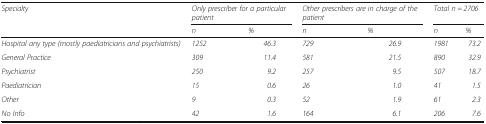
<table><thead><tr><td rowspan="2"><b><i>Specialty</i></b></td><td colspan="2"><b><i>Only prescriber for a particular patient</i></b></td><td colspan="2"><b><i>Other prescribers are in charge of the patient</i></b></td><td colspan="2"><b><i>Total n = 2706</i></b></td></tr><tr><td><b><i>n</i></b></td><td><b><i>%</i></b></td><td><b><i>n</i></b></td><td><b><i>%</i></b></td><td><b><i>n</i></b></td><td><b><i>%</i></b></td></tr></thead><tbody><tr><td><i>Hospital any type (mostly paediatricians and psychiatrists)</i></td><td><i>1252</i></td><td><i>46.3</i></td><td><i>729</i></td><td><i>26.9</i></td><td><i>1981</i></td><td><i>73.2</i></td></tr><tr><td><i>General Practice</i></td><td><i>309</i></td><td><i>11.4</i></td><td><i>581</i></td><td><i>21.5</i></td><td><i>890</i></td><td><i>32.9</i></td></tr><tr><td><i>Psychiatrist</i></td><td><i>250</i></td><td><i>9.2</i></td><td><i>257</i></td><td><i>9.5</i></td><td><i>507</i></td><td><i>18.7</i></td></tr><tr><td><i>Paediatrician</i></td><td><i>15</i></td><td><i>0.6</i></td><td><i>26</i></td><td><i>1.0</i></td><td><i>41</i></td><td><i>1.5</i></td></tr><tr><td><i>Other</i></td><td><i>9</i></td><td><i>0.3</i></td><td><i>52</i></td><td><i>1.9</i></td><td><i>61</i></td><td><i>2.3</i></td></tr><tr><td><i>No Info</i></td><td><i>42</i></td><td><i>1.6</i></td><td><i>164</i></td><td><i>6.1</i></td><td><i>206</i></td><td><i>7.6</i></td></tr></tbody></table>